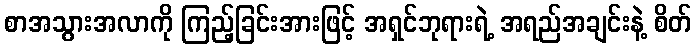
စာအသွားအလာကို ကြည့်ခြင်းအားဖြင့် အရှင်ဘုရားရဲ့ အရည်အချင်းနဲ့ စိတ်